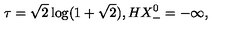
\tau = \sqrt { 2 } \log ( 1 + \sqrt { 2 } ) , H X _ { - } ^ { 0 } = - \infty ,